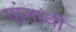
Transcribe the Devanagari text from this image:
पांनाची